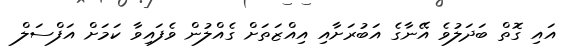
އައި ގޮތް ބަދަލުވެ އޭނާގެ އަބުރަށާއި އިއްޒަތަށް ގެއްލުން ވެފައިވާ ކަމަށް އަފްސަލް